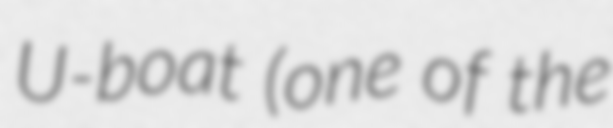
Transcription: U-boat (one of the